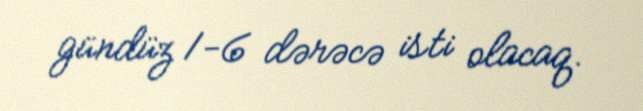
gündüz 1-6 dərəcə isti olacaq.